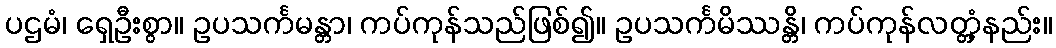
ပဌမံ၊ ရှေဦးစွာ။ ဥပသင်္ကမန္တာ၊ ကပ်ကုန်သည်ဖြစ်၍။ ဥပသင်္ကမိဿန္တိ၊ ကပ်ကုန်လတ္တံ့နည်း။